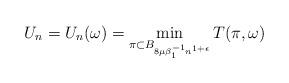
LaTeX: \begin{align*}U_n = U_n(\omega) = \min_{\pi \subset B_{8\mu\beta^{-1}_1 n^{1+\epsilon}}} T(\pi,\omega)\end{align*}